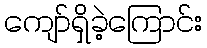
ကျော်ရှိခဲ့ကြောင်း